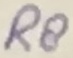
Text: RS